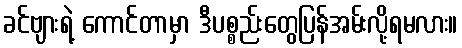
ခင်ဗျားရဲ့ ကောင်တာမှာ ဒီပစ္စည်းတွေပြန်အမ်းလို့ရမလား။